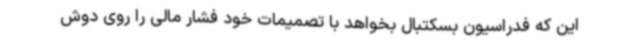
این که فدراسیون بسکتبال بخواهد با تصمیمات خود فشار مالی را روی دوش